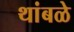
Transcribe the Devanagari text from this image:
थांबळे